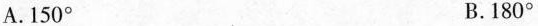
A. 150° B. 180°